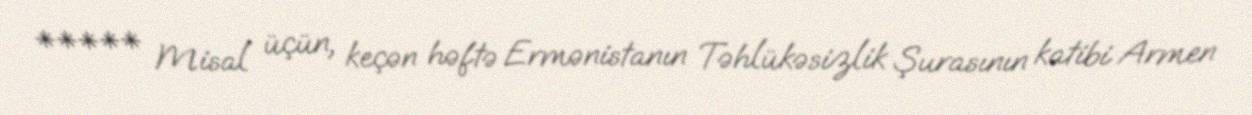
***** Misal üçün, keçən həftə Ermənistanın Təhlükəsizlik Şurasının katibi Armen